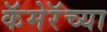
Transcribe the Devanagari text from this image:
कॅमेरॅच्या